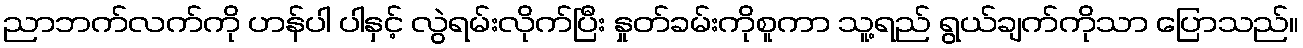
ညာဘက်လက်ကို ဟန်ပါ ပါနှင့် လွဲရမ်းလိုက်ပြီး နှုတ်ခမ်းကိုစူကာ သူ့ရည် ရွယ်ချက်ကိုသာ ပြောသည်။